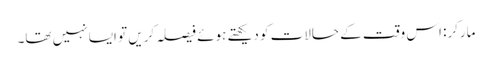
مارکر: اس وقت کے حالات کو دیکھتے ہوئے فیصلہ کریں تو ایسا نہیں تھا۔